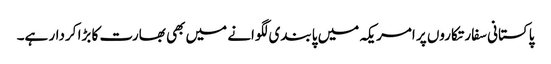
پاکستانی سفارتکاروں پر امریکہ میں پابندی لگوانے میں بھی بھارت کا بڑا کردار ہے۔